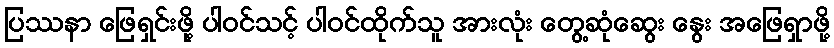
ပြဿနာ ဖြေရှင်းဖို့ ပါဝင်သင့် ပါဝင်ထိုက်သူ အားလုံး တွေ့ဆုံဆွေး နွေး အဖြေရှာဖို့